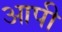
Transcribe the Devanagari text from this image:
आपी